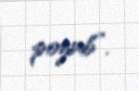
pozub”.